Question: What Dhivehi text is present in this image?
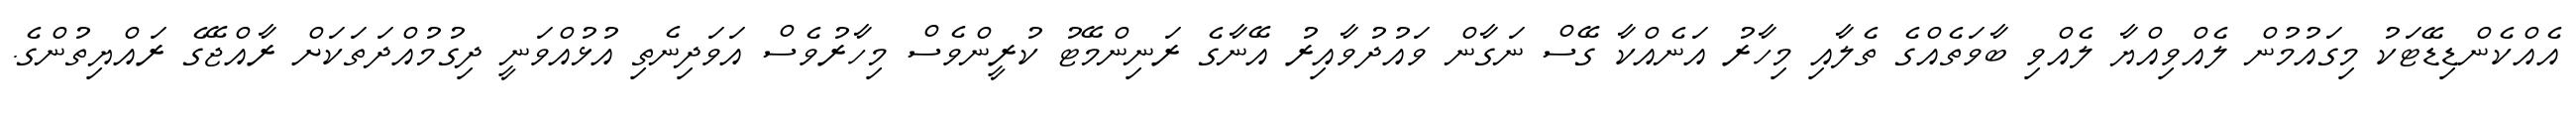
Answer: އެއްކެންޑިޑޭޓަކު މިގައުމުން ލެއްވިއްޔާ ލެއްވި ބާވަތެއްގެ ތެލާއި މިހާރު އަނެއްކާ ގޭސް ނަގާން ވައުދުވާއިރު އޭނާގެ ރަނިންމޭޓު ކުރީންވެސް މިހާރުވެސް އަވަދިނެތި އުޅުއްވަނީ ދިގުމުއްދަތަކަށް ރާއްޖޭގެ ރައްޔިތުންގެ.